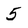
Character: 5